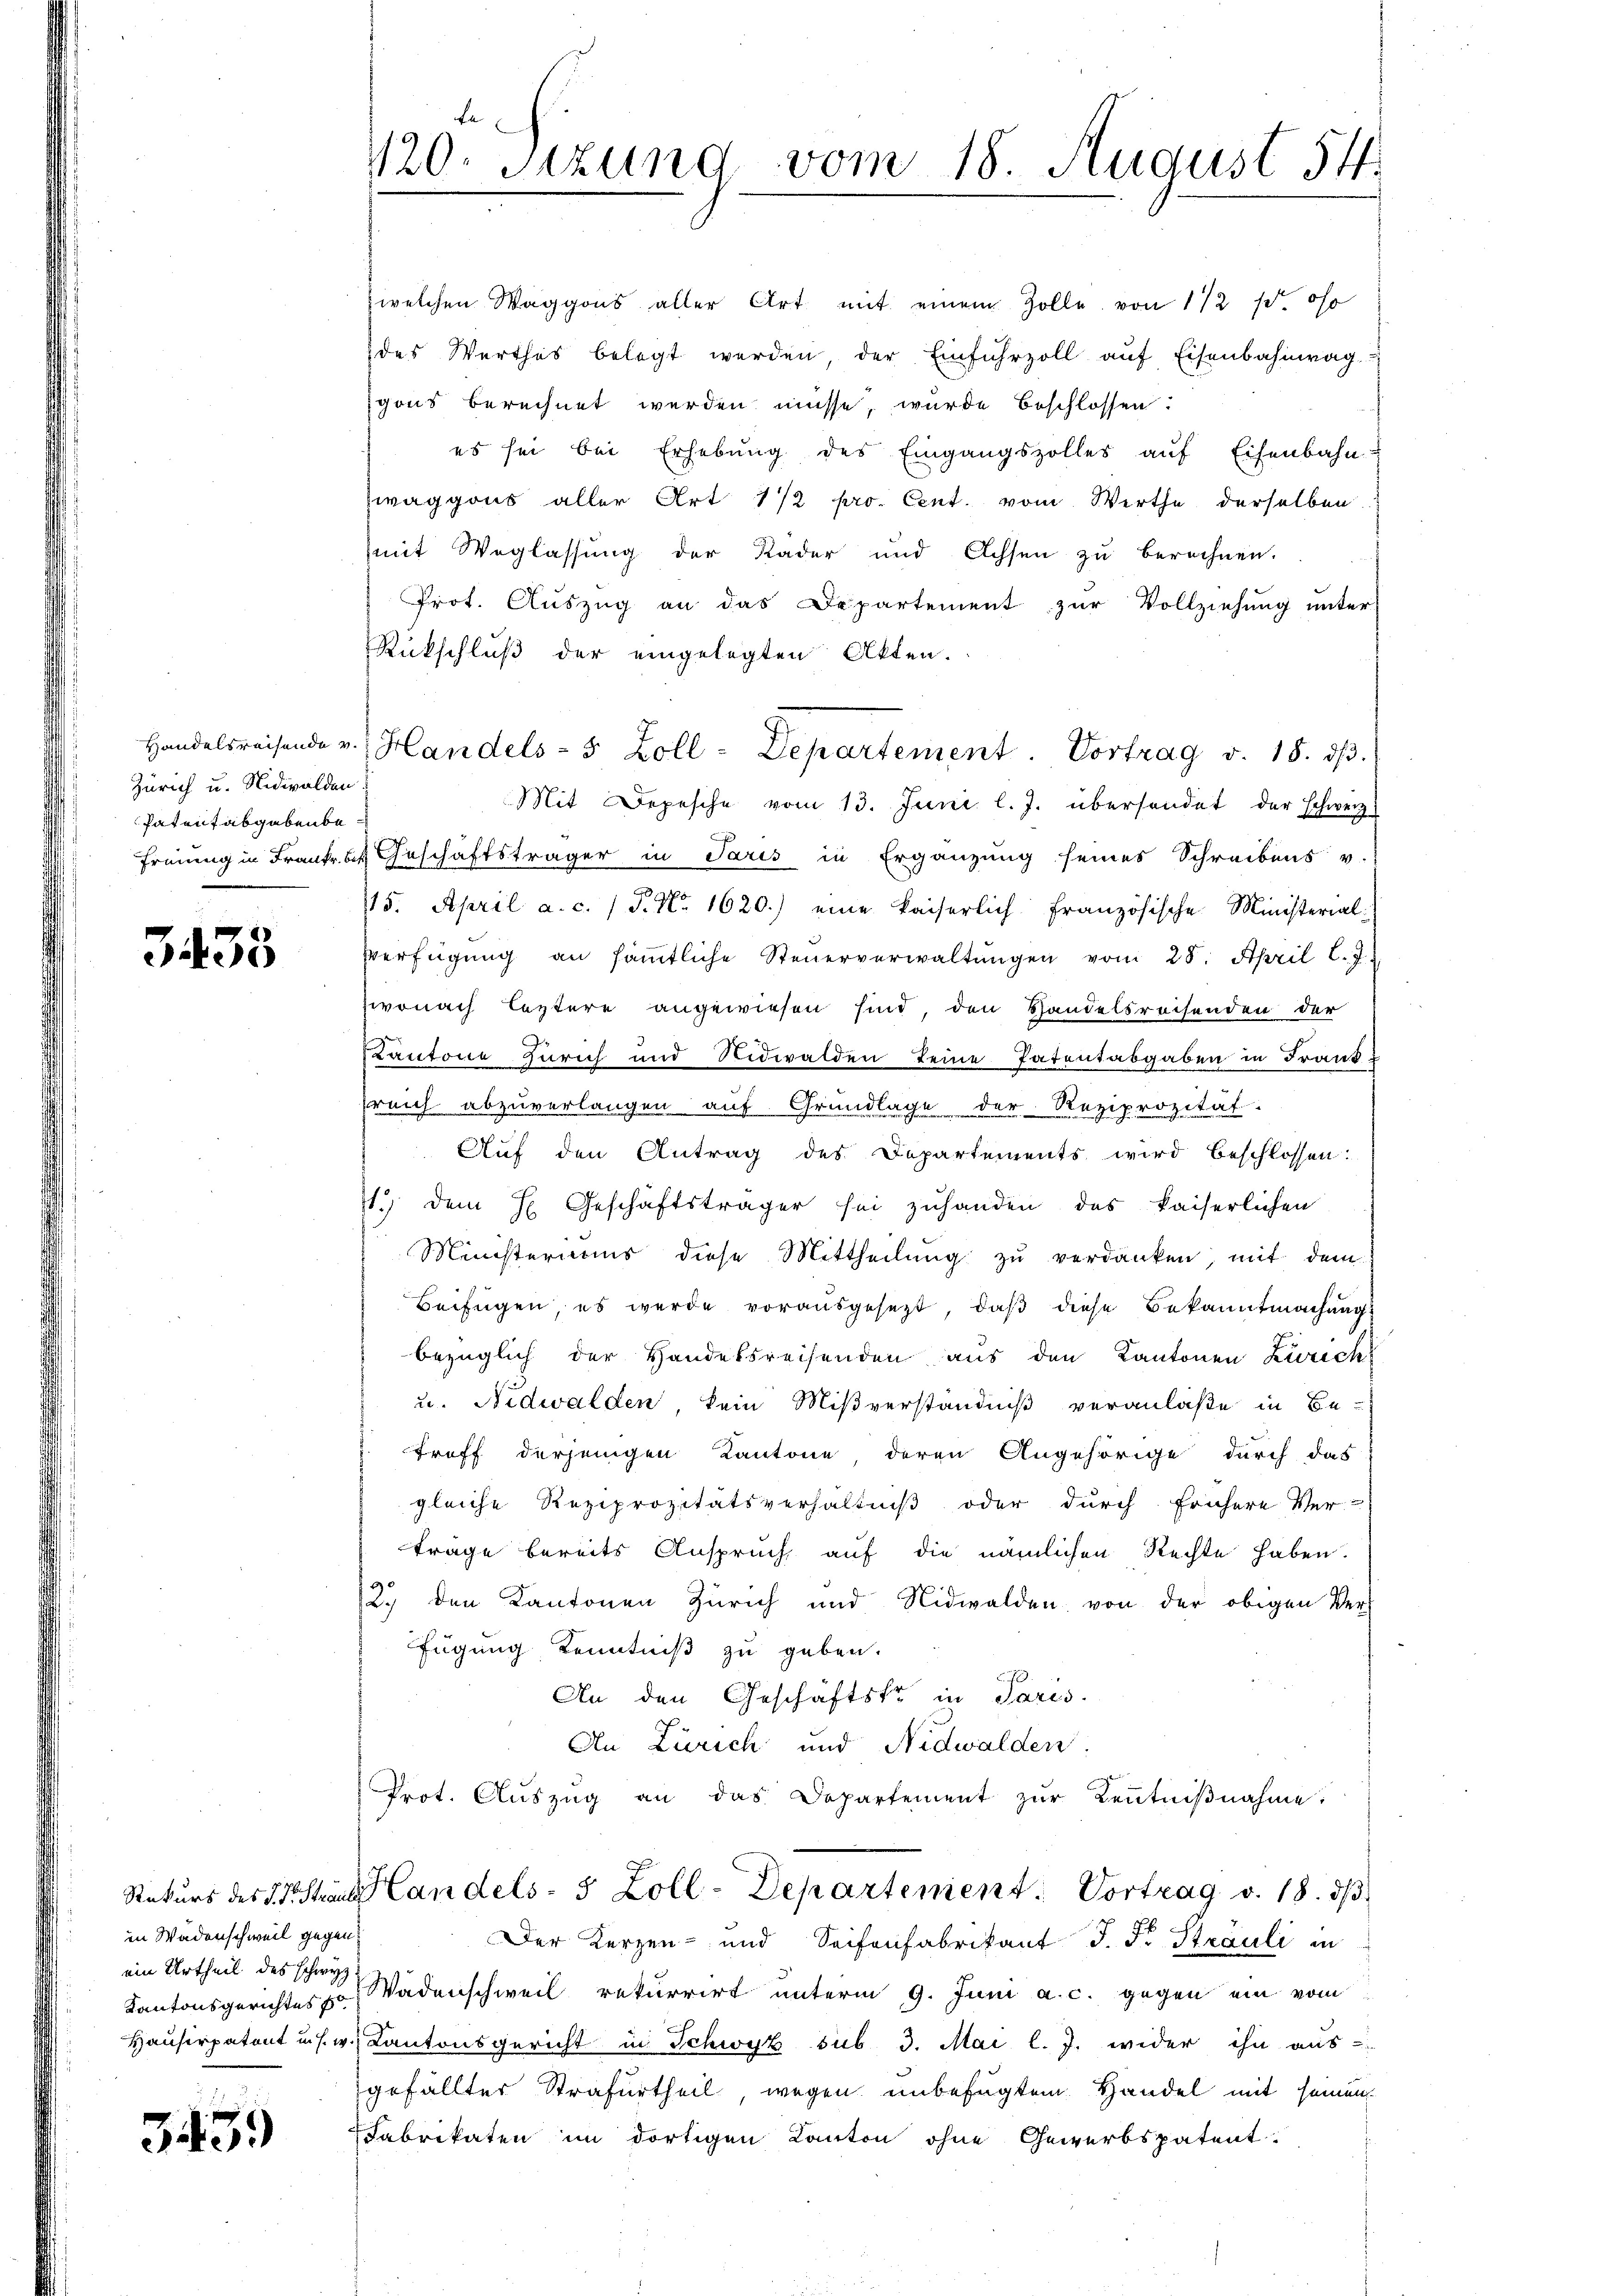
Zürich u. Nidwalden
Patent abgebenba

3435

in Wädenschweil gegen
ein Urtheil des Schwyz

3439

1120. Sitzung vom 18. August 54

welchen Waggons aller Art mit einem Zolle von 112 f. so
des Werthes belegt werden, der Einfuhrzoll auf Eisenbahnwag
gons berechnet werden müsse, wurde beschlossen:
es sei bei Erhebung des Eingangszolles aŭf Eisenbahn
waggons aller Art 1/2 pro. Cent. vom Werthe derselben
mit Weglassung der Rader und Achsen zu berechnen.
Prot. Auszug an das Departement zur Vollziehung unter
Rückschluß der eingelegten Akten.
Freiung in Frank d Geschäftsträger in Paris in Ergänzung seines Schreibens v.
715. April a. c. / P. Nr. 1620.) eine kaiserlich französische Ministerial¬
Verfügŭng an sämmtliche Steŭerverwaltŭngen vom 28. April l. J.
wonach leztere angewiesen sind, den Handelsrechenden der
Kantone Zürich und Nidwalden keine Patentabgaben in Frank
reich abzuverlangen auf Grundlage der Reziprozität.
Auf den Antrag des Departements wird beschlossen:
13 dem H. Geschäftsträger sei zuhanden das kaiserlichen
Ministeriums diese Mittheilung zu verdanken, mit dem
Beifügen, es werde vorausgesezt, daß diese Bekanntmachung
bezüglich der Handelsreisenden aus den Kantonen Zürich
u. Nidwalden, kein Mißverständniß veranlaße in Be-
troff derjenigen Kantone deren Angehörige durch das
gleiche Reziprozitätsverhältniß oder durch frühere Ver-
träge bereits Anspruch auf die nämlichen Rechte haben.
12. den Kantonen Zürich und Nidwalden von der obigen Verfügung Kenntniß zu geben.
An den Geschäftske in Paris.
An Zürich und Nidwalden.
Prot. Aŭszŭg an das Departement zŭr Kenntniβnahme:

Handelsreisende v. Handels- & Zoll - Departement. Vortrag v. 18. dβ.
Mit Depesche vom 13. Juni l. J. übersendet der schweiz.

Rekurs des Straus Landels- 5 Zoll-Departement. Vortrag v. 18. ds.
Der Kerzen- und Seifenfabrikant J. F. Strauli in

Kantonsgerichtes Wädenschweil rekurrirt unterm 9. Juni a. c. gegen ein vom
Hausirpatont u. s. w.) Kantonsgericht in Schwyz sub 3. Mai l. J. wider ihn aus-
gefällter Strafurtheil, wegen unbefugten Handel mit seinen
Fabrikaten im dortigen Kanton ohne Gewerbspatent